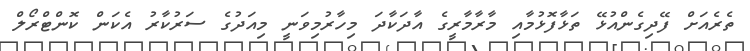
ތެރެއަށް ފޭދިގެންއުޅޭ ތަޅާފޮޅުމާއި މާރާމާރީގެ އާދަކާދަ މިހާރުމިވަނީ މިއަދުގެ ސަރުކާރު އެކަން ކޮންޓްރޯލް